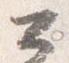
公